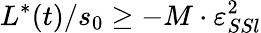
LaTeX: L^{*}(t)/s_{0}\geq-M\cdot\varepsilon_{SSl}^{2}